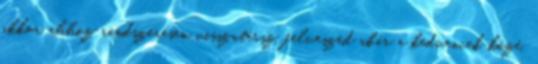
akkor ahhoz rendszeresen visszatérsz, felveszed akár a kedvencek közé,